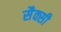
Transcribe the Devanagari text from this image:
सैक्सी